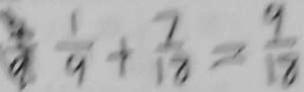
\frac { 1 } { 9 } + \frac { 7 } { 1 8 } = \frac { 9 } { 1 8 }